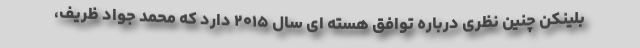
بلینکن چنین نظری درباره توافق هسته ای سال ۲۰۱۵ دارد که محمد جواد ظریف،